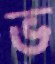
ভ